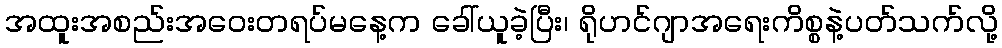
အထူးအစည်းအဝေးတရပ်မနေ့က ခေါ်ယူခဲ့ပြီး၊ ရိုဟင်ဂျာအရေးကိစ္စနဲ့ပတ်သက်လို့